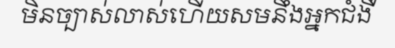
មិនច្បាស់លាស់ហើយសមនឹងអ្នកជំងឺ